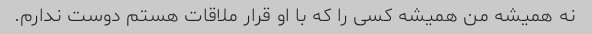
نه همیشه من همیشه کسی را که با او قرار ملاقات هستم دوست ندارم.